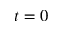
t = 0